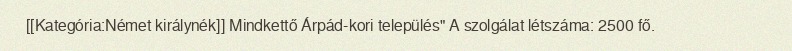
[[Kategória:Német királynék]] Mindkettő Árpád-kori település" A szolgálat létszáma: 2500 fő.